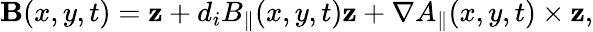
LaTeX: \mathbf{B}(x,y,t)=\mathbf{z}+d_{i}B_{\parallel}(x,y,t)\mathbf{z}+\nabla A_{\parallel}(x,y,t)\times\mathbf{z},